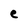
Character: e